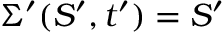
\Sigma ^ { \prime } ( S ^ { \prime } , t ^ { \prime } ) = S ^ { \prime }